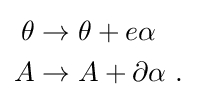
{\begin{aligned}\theta &\rightarrow \theta +e\alpha \,\\A&\rightarrow A+\partial \alpha ~.\end{aligned}}